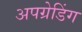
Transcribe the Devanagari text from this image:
अपग्रेडिंग